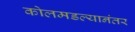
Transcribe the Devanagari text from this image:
कोलमडल्यानंतर